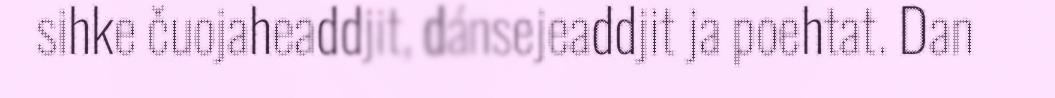
sihke čuojaheaddjit, dánsejeaddjit ja poehtat. Dan